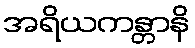
အရိယကန္တာနိ